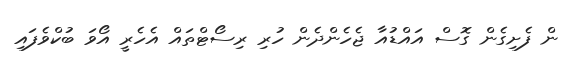
ން ފެށިގެން ގޮސް އައްޑުއާ ޖެހެންދެން ހުރި ރިސޯޓްތައް އެހެރީ އޯވަ ބުކްވެފައި